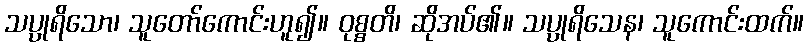
သပ္ပုရိသော၊ သူတော်ကောင်းဟူ၍။ ဝုစ္စတိ၊ ဆိုအပ်၏။ သပ္ပုရိသေန၊ သူကောင်းထက်။